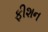
ફીશન